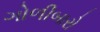
ગોળીબારો